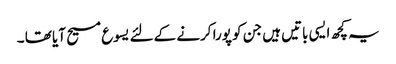
یہ کچھ ایسی باتیں ہیں جن کو پورا کرنے کےلئے یسوع مسیح آیا تھا ۔